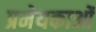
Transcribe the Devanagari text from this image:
प्रमेयकाओं